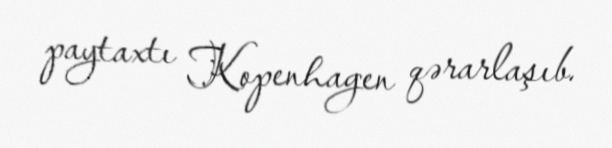
paytaxtı Kopenhagen qərarlaşıb.